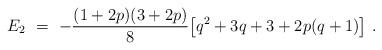
LaTeX: \begin{align*} E_2\ =\ -\frac{(1+2p)(3+2p)}{8}\big[q^2+3q+3+2p(q+1)\big]\ .\end{align*}